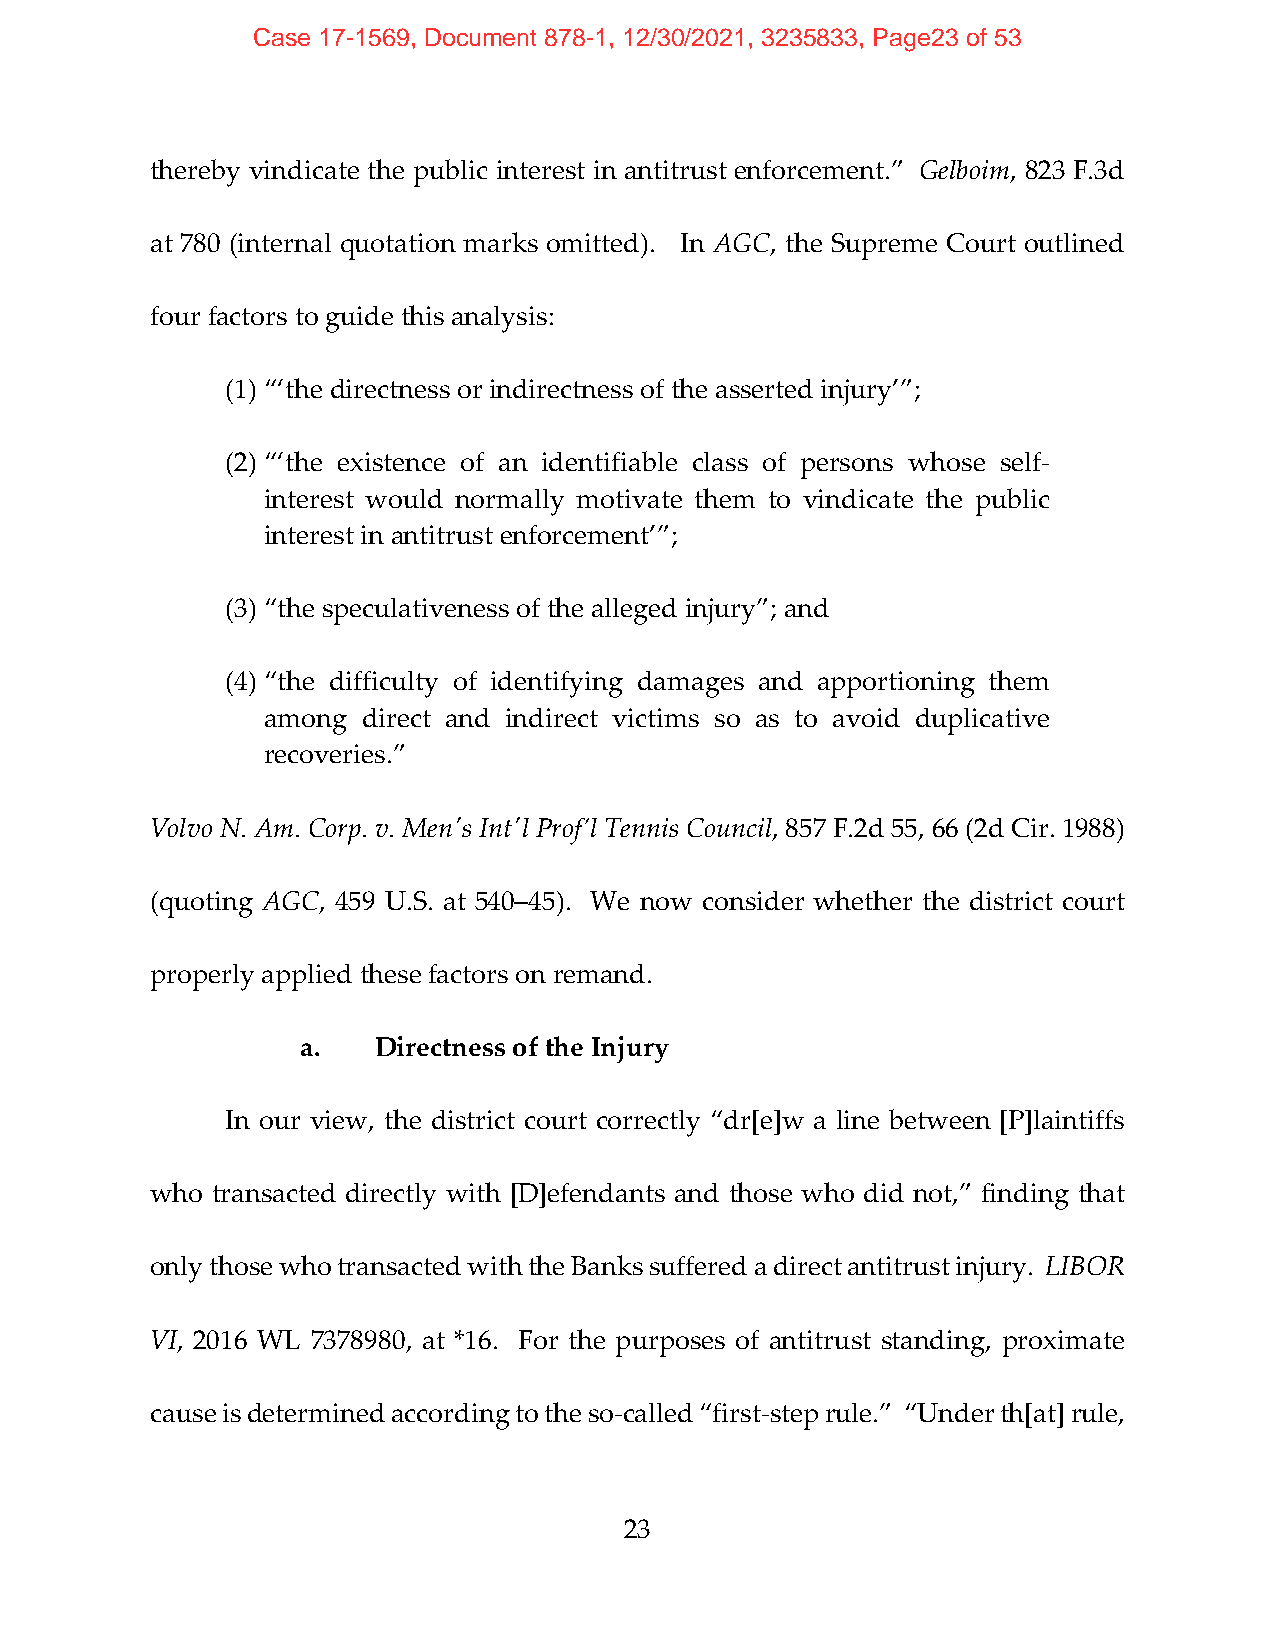
Case 17-1569, Document 878-1, 12/30/2021, 3235833, Page23 of 53
 thereby vindicate the public interest in antitrust enforcement.” Gelboim, 823 F.3d
 at 780 (internal quotation marks omitted). In AGC, the Supreme Court outlined
 four factors to guide this analysis:
 (1) “‘the directness or indirectness of the asserted injury’”;
 (2) “‘the existence of an identifiable class of persons whose self‐
 interest would normally motivate them to vindicate the public
 interest in antitrust enforcement’”;
 (3) “the speculativeness of the alleged injury”; and
 (4) “the difficulty of identifying damages and apportioning them
 among  direct and indirect victims so as to avoid duplicative
 recoveries.”
 Volvo N. Am. Corp. v. Menʹs Intʹl Prof’l Tennis Council, 857 F.2d 55, 66 (2d Cir. 1988)
 (quoting AGC, 459 U.S. at 540–45). We now consider whether the district court
 properly applied these factors on remand.
 a.   Directness of the Injury
 In our view, the district court correctly “dr[e]w a line between [P]laintiffs
 who transacted directly with [D]efendants and those who did not,” finding that
 only those who transacted with the Banks suffered a direct antitrust injury. LIBOR
 VI, 2016 WL 7378980, at *16. For the purposes of antitrust standing, proximate
 cause is determined according to the so‐called “first‐step rule.” “Under th[at] rule,
 23